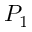
P _ { 1 }